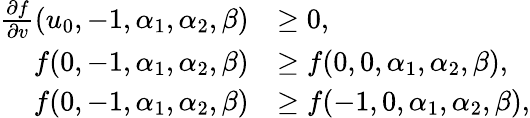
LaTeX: \begin{array}{rl}{\frac{\partial f}{\partial v}(u_{0},-1,\alpha_{1},\alpha_{2},\beta)}&{\geq 0,}\\ {f(0,-1,\alpha_{1},\alpha_{2},\beta)}&{\geq f(0,0,\alpha_{1},\alpha_{2},\beta),}\\ {f(0,-1,\alpha_{1},\alpha_{2},\beta)}&{\geq f(-1,0,\alpha_{1},\alpha_{2},\beta),}\end{array}